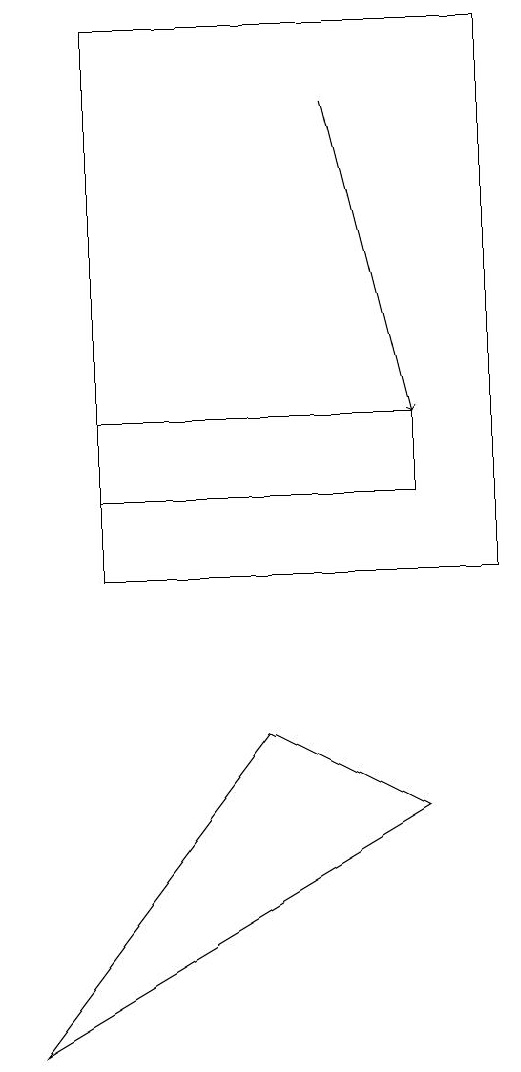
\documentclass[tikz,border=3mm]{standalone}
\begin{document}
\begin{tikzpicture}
\draw (1,13) rectangle (5,12);
\draw[->] (4,17) -- (5,13);
\draw (6,11) rectangle (1,18);
\draw (3,9) -- (0,5) -- (5,8) -- cycle;
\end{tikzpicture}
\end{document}